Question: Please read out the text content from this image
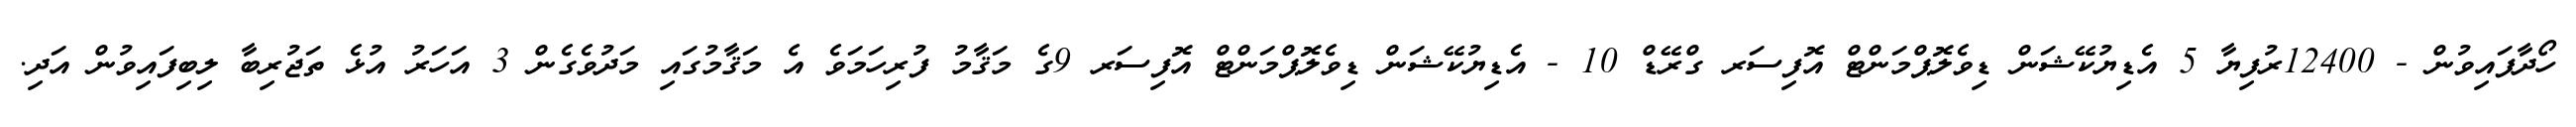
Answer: ހޯދާފައިވުން - 12400ރުފިޔާ 5 އެޑިޔުކޭޝަން ޑިވެލޮޕްމަންޓް އޮފިސަރ ގްރޭޑް 10 - އެޑިޔުކޭޝަން ޑިވެލޮޕްމަންޓް އޮފިސަރ 9ގެ މަޤާމު ފުރިހަމަވެ އެ މަޤާމުގައި މަދުވެގެން 3 އަހަރު އުޅެ ތަޖުރިބާ ލިބިފައިވުން އަދި.